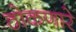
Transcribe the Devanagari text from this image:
ठोकणारे